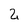
Character: 2